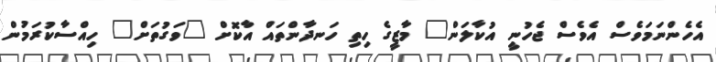
އެހެންނަމަވެސް އެވެސް ޖެހުނީ އުކާލަން" މާޒީގެ ހިތި ހަނދާންތައް އާކޮށް "ވަގުތަށް" ހިއްސާކުރަމުން